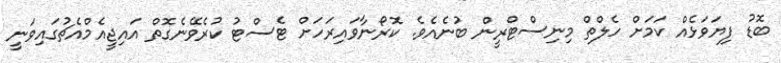
ބޮޑު ފިޔަވަޅެއް ކަމަށް ހެލްތް މިނިސްޓްރީން ބުނެއެވެ. ކޮރޯނާވައިރަހަށް ޓެސްޓު ކުރެވޭނެގޮތް އައިޖީއެމްއެޗުގައިވަނީ